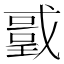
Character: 𭟻